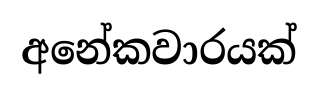
අනේකවාරයක්